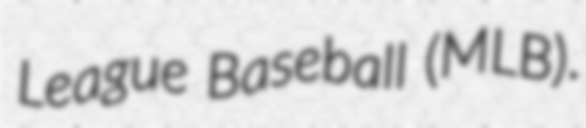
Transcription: League Baseball (MLB).